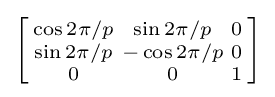
\left[{\begin{smallmatrix}\cos 2\pi /p&\sin 2\pi /p&0\\\sin 2\pi /p&-\cos 2\pi /p&0\\0&0&1\\\end{smallmatrix}}\right]